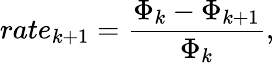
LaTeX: rate_{k+1}=\frac{\Phi_{k}-\Phi_{k+1}}{\Phi_{k}},